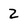
Character: 2